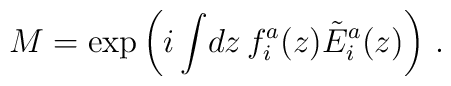
M=\exp\left(i\int \!dz\,f_i^a(z)\tilde{E}_i^a(z)\right)\,.